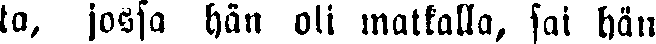
ta, jossa hän oli matkalla, sai hän